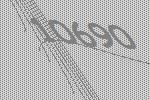
10690